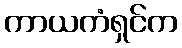
ကာယကံရှင်က